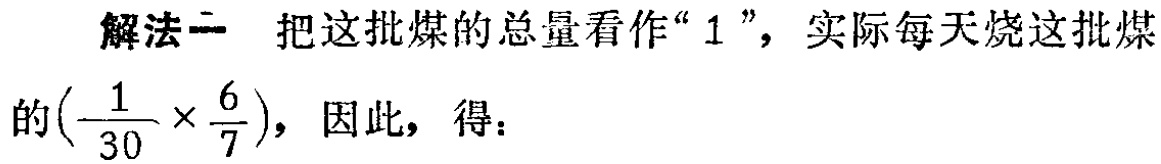
解法一 把这批煤的总量看作“$1$”，实际每天烧这批煤的$(\frac{1}{30} \times \frac{6}{7})$，因此，得：